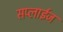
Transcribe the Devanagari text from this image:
सप्लाईज